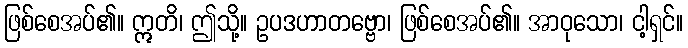
ဖြစ်စေအပ်၏။ ဣတိ၊ ဤသို့။ ဥပဒဟာတဗ္ဗော၊ ဖြစ်စေအပ်၏။ အာဝုသော၊ ငါ့ရှင်။